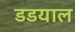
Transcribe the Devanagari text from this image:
डडयाल